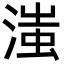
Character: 滍